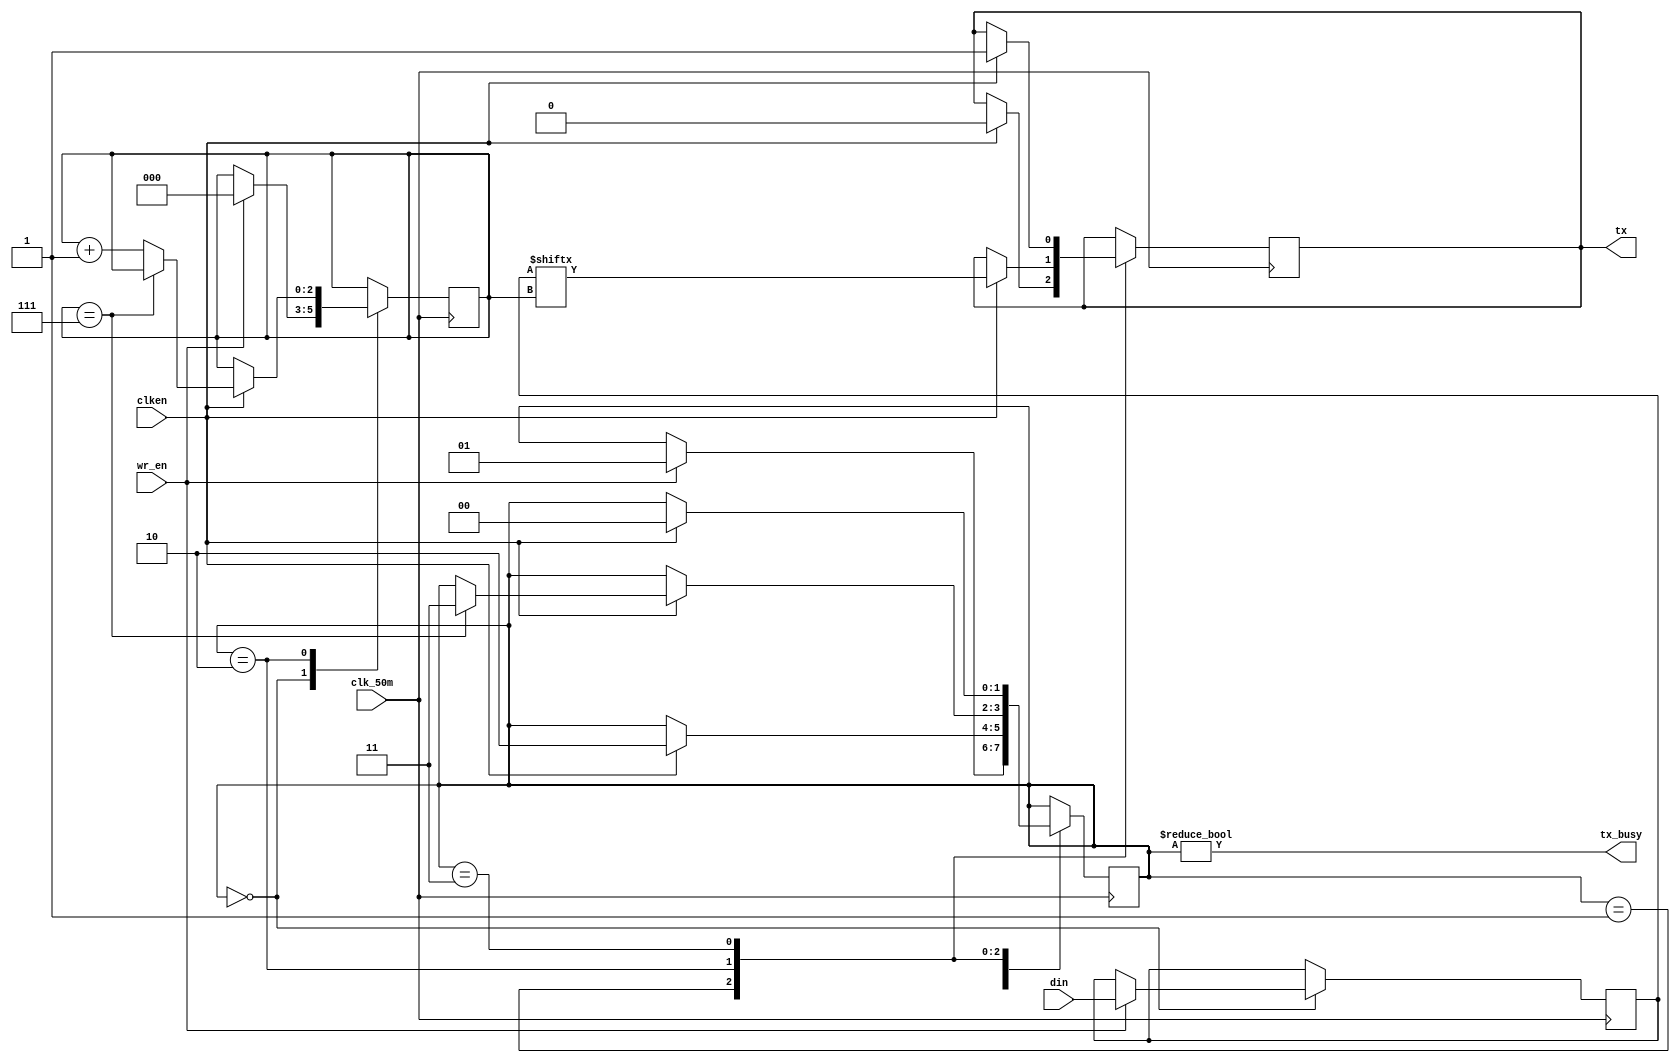
module transmitter(
	input wire [7:0] din,
	input wire wr_en,
	input wire clk_50m,
	input wire clken,
	output reg tx,
	output wire tx_busy
);

initial begin
	 tx = 1'b1;
end

parameter STATE_IDLE	= 2'b00;
parameter STATE_START	= 2'b01;
parameter STATE_DATA	= 2'b10;
parameter STATE_STOP	= 2'b11;

reg [7:0] data = 8'h00;
reg [2:0] bitpos = 3'h0;
reg [1:0] state = STATE_IDLE;

always @(posedge clk_50m) begin
	case (state)
	STATE_IDLE: begin
		if (wr_en) begin
			state <= STATE_START;
			data <= din;
			bitpos <= 3'h0;
		end
	end
	STATE_START: begin
		if (clken) begin
			tx <= 1'b0;
			state <= STATE_DATA;
		end
	end
	STATE_DATA: begin
		if (clken) begin
			if (bitpos == 3'h7)
				state <= STATE_STOP;
			else
				bitpos <= bitpos + 3'h1;
			tx <= data[bitpos];
		end
	end
	STATE_STOP: begin
		if (clken) begin
			tx <= 1'b1;
			state <= STATE_IDLE;
		end
	end
	default: begin
		tx <= 1'b1;
		state <= STATE_IDLE;
	end
	endcase
end

assign tx_busy = (state != STATE_IDLE);

endmodule